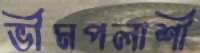
ভীমপলাশী